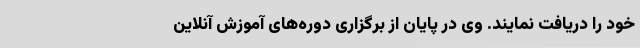
خود را دریافت نمایند. وی در پایان از برگزاری دوره‌های آموزش آنلاین